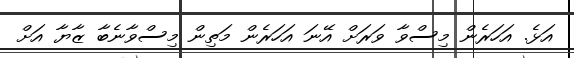
އަޅެ. އަހަރެން މިސްވާ ވަރަށް އޭނަ އަހަރެން މަތިން މިސްވާނެބާ ޒާޔާ އަށް